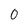
Character: 0